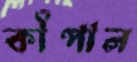
কাঁপাল